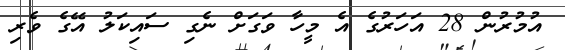
އުމުރުން 28 އަހަރުގެ އެ މީހާ ވަގަށް ނެގި ސައިކަލު އޭގެ ވެރި